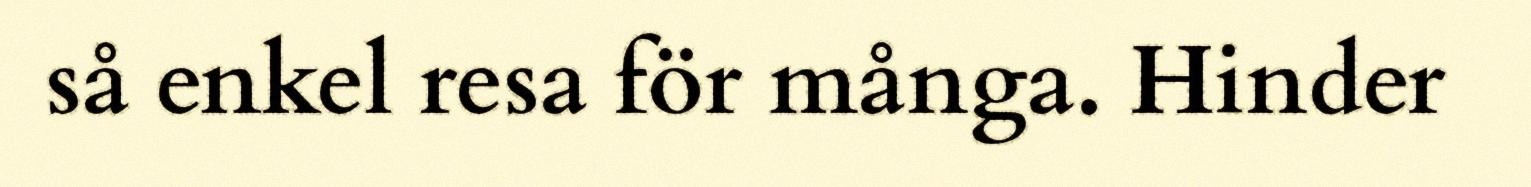
så enkel resa för många. Hinder